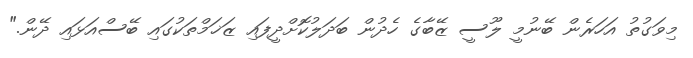
މިވަގުތު އަހަރެން ބޭނުމީ ލޫސީ ޒޭބާގެ ހެދުން ބަދަލުކޮށްދީފައި ޒަޚަމްތަކުގައި ބޭސްއަޅައި ދޭން."